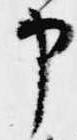
申